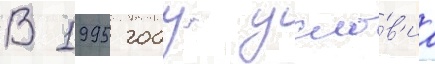
В 1995 году усло́в'иа